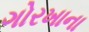
ગોરખાના